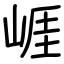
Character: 崕